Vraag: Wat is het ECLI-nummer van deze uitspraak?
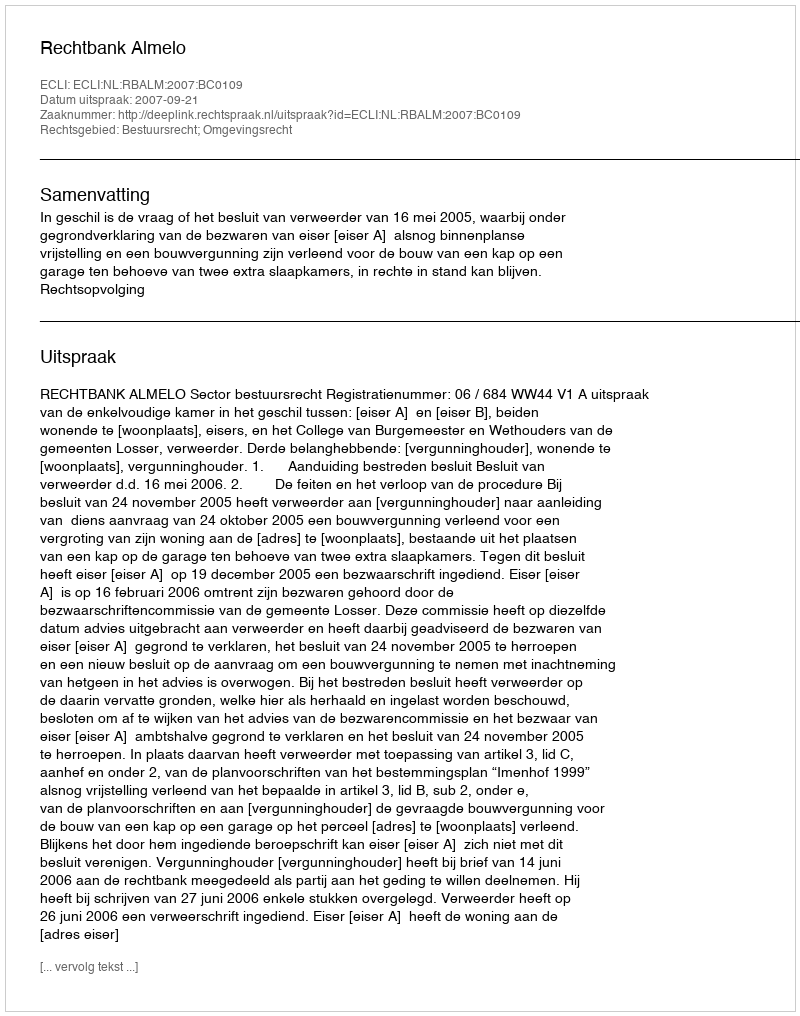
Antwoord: ECLI:NL:RBALM:2007:BC0109